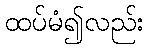
ထပ်မံ၍လည်း